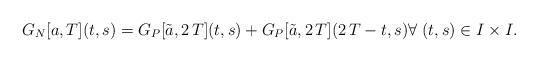
LaTeX: \begin{align*}G_N[a,T](t,s)=G_P[\tilde a,2\,T](t,s)+G_P[\tilde a,2\,T](2\,T-t,s) \forall \; (t,s)\in I \times I.\end{align*}